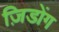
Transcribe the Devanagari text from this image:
ज़िडोंग